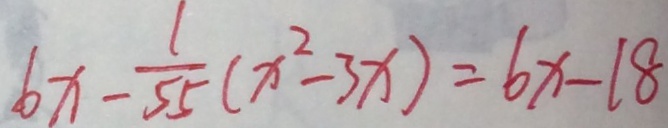
6 x - \frac { 1 } { 5 5 } ( x ^ { 2 } - 3 x ) = 6 x - 1 8